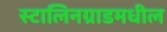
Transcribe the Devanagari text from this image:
स्टालिनग्राडमधील